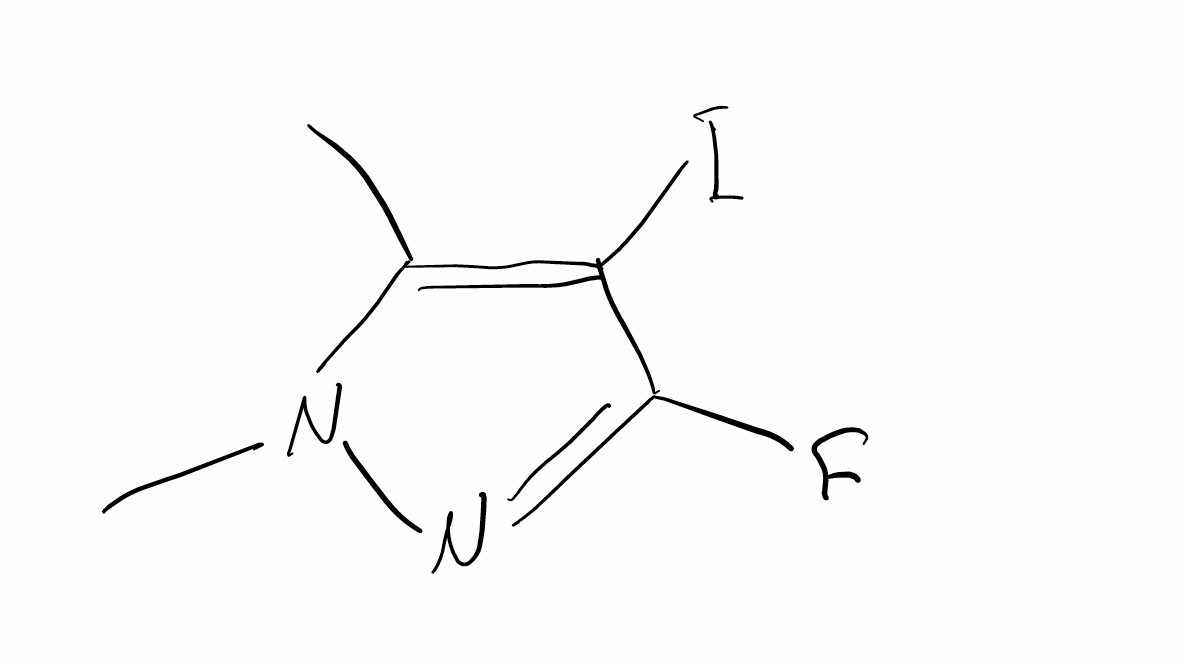
Simplified molecular-input line-entry system (SMILES) notation of the given molecule:
CC1=C(C(=NN1C)F)I